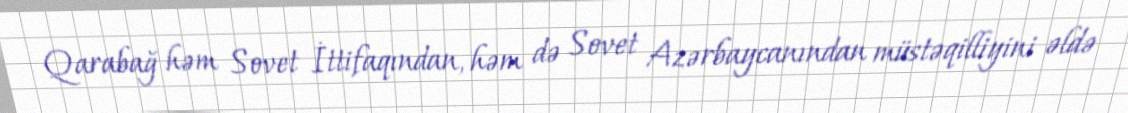
Qarabağ həm Sovet İttifaqından, həm də Sovet Azərbaycanından müstəqilliyini əldə